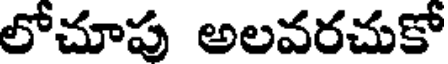
లోచూపు అలవరచుకో